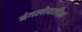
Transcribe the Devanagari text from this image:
बंगलोरातील